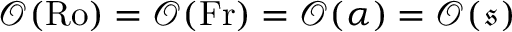
\mathcal { O } ( \mathrm { R o } ) = \mathcal { O } ( \mathrm { F r } ) = \mathcal { O } ( \alpha ) = \mathcal { O } ( \mathfrak { s } )